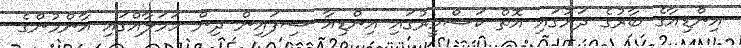
އިންޑިއާގެ ބާރުގެ ދަށުގައި އޮތް ކަޝްމީރުގައި އިންޑިއާ ސިފައިން ދިން ހަމަލާއްގައި އާންމުންގެ